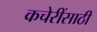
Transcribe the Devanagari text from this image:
कचेरींसाठी